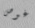
غوص